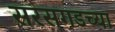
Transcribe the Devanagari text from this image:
सरसगडच्या